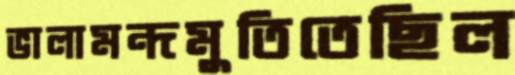
ভালামন্দমুতিতেছিল